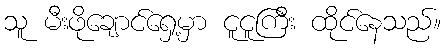
သူ မီးဖိုချောင်ရှေ့မှာ ငူငူကြီး ထိုင်နေသည်။